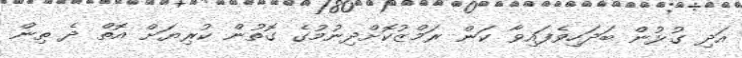
އަދި ގުޅުން ބަދަހިވެފައިވާ ކަން ރަމްޒުކޮށްދިނުމުގެ ގޮތުން ކުރިޔަށް އޮތް ދެ ތިން